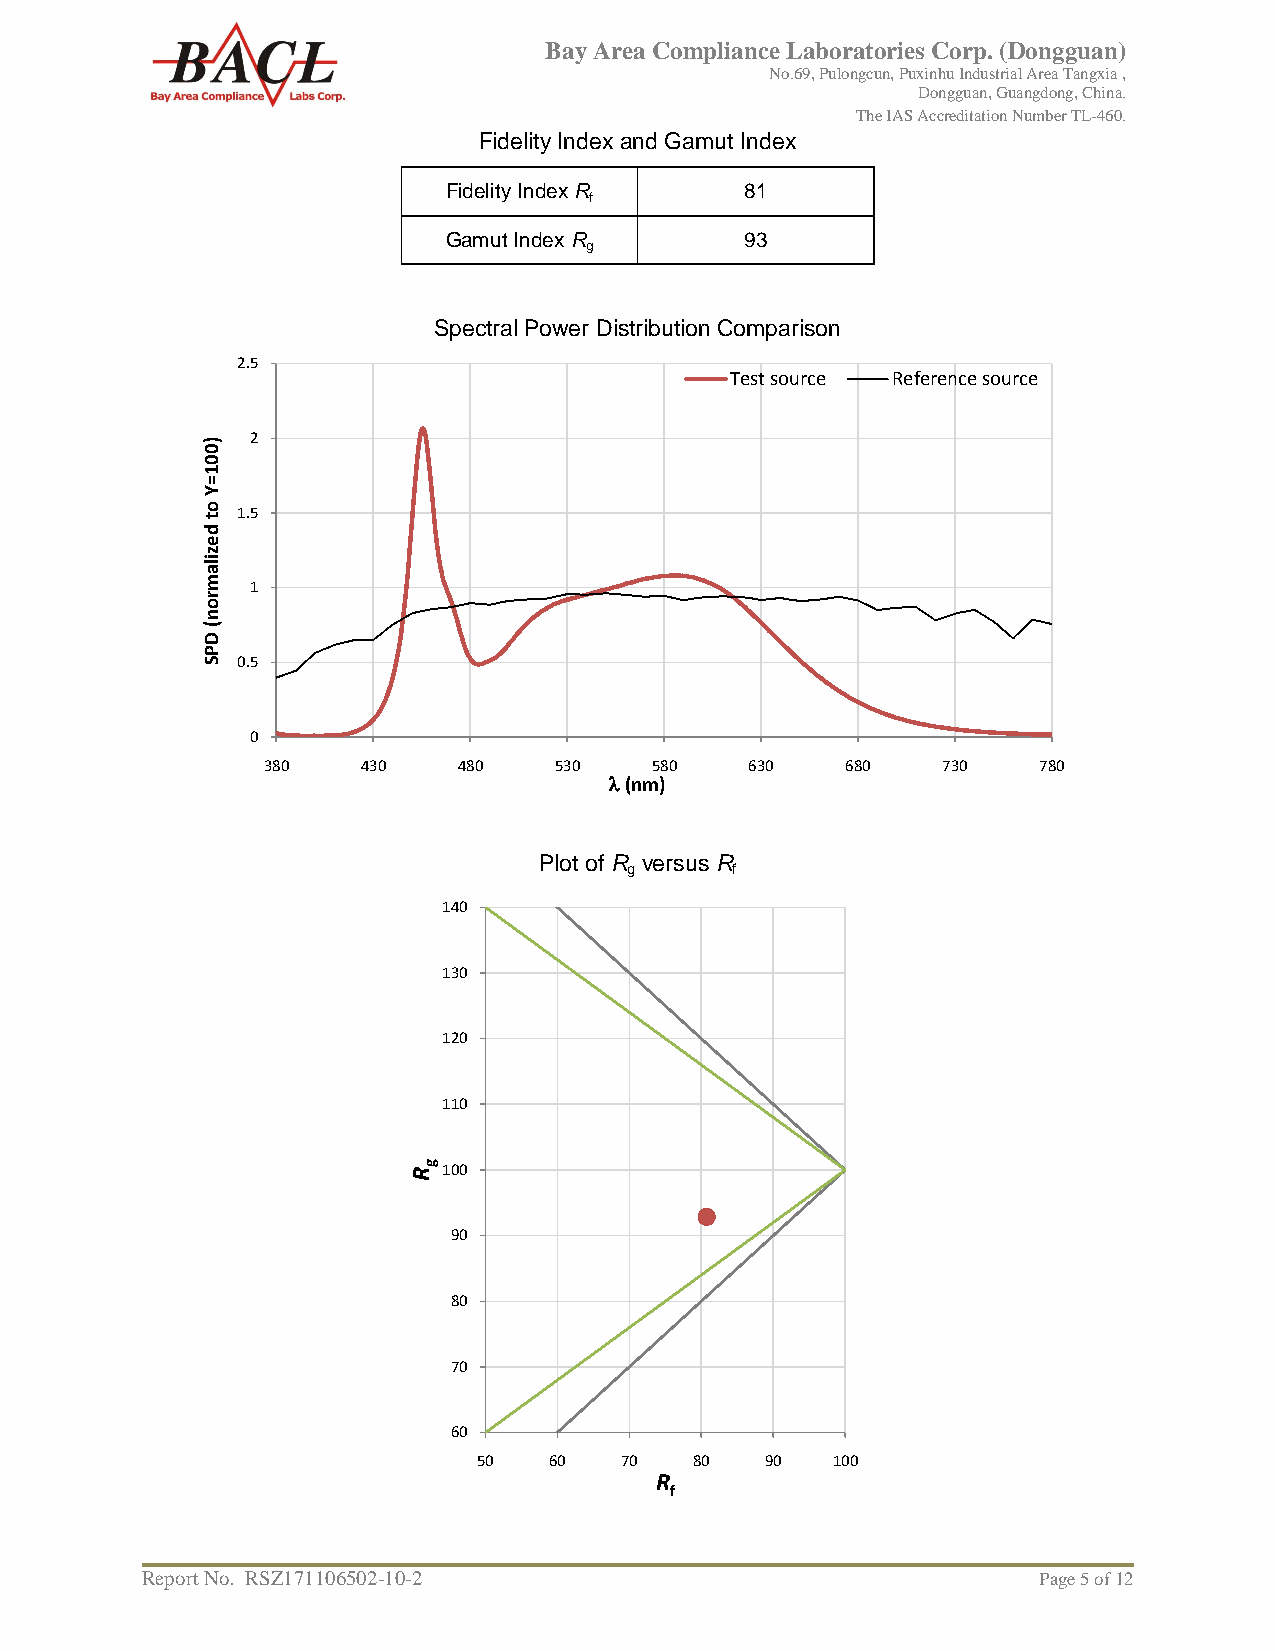
Bay Area Compliance Laboratories Corp. (Dongguan)
 No.69, Pulongcun, Puxinhu Industrial Area Tangxia ,
 Dongguan, Guangdong, China.
 The IAS Accreditation Number TL-460.
 Fidelity Index and Gamut Index
 Fidelity Index R   81
 f
 Gamut Index R      93
 g
 Spectral Power Distribution Comparison
 2.5
 Test source Reference source
 )   2
 0
 0
 1
 =
 Y
 o t 1.5
 d
 e
 z
 ila
 m
 1
 r
 o
 n
 (
 D
 P
 S  0.5
 0
 380    430   480    530   580    630   680   730    780
 l(nm)
 Plot of R versus R
 g     f
 140
 130
 120
 110
 Rg100
 90
 80
 70
 60
 50  60   70   80   90  100
 R
 f
 Report No. RSZ171106502-10-2                                Page 5 of 12